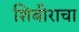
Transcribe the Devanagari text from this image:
शिबीराचा